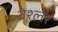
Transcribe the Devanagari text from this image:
वेश्लर